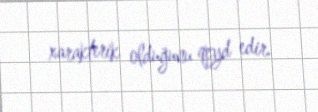
xarakterik olduğunu qeyd edir.